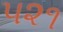
૫૨૧